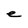
Character: e